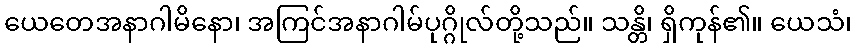
ယေတေအနာဂါမိနော၊ အကြင်အနာဂါမ်ပုဂ္ဂိုလ်တို့သည်။ သန္တိ၊ ရှိကုန်၏။ ယေသံ၊